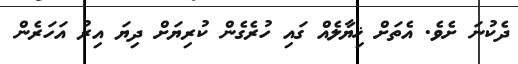
ދެކުނަ ށެވެ. އެތަށް ޚިޔާލެއް ގައި ހުރެގެން ކުރިޔަށް ދިޔަ އިރު އަހަރެން